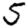
Digit: 5